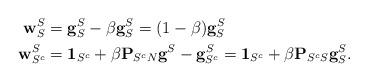
LaTeX: \begin{align*}\mathbf{w}_S^S & = \mathbf{g}_S^S - \beta \mathbf{g}_S^S = (1-\beta)\mathbf{g}_S^S \\\mathbf{w}_{S^c}^S & = \mathbf{1}_{S^c} + \beta \mathbf{P}_{S^c N}\mathbf{g}^S - \mathbf{g}_{S^c}^S = \mathbf{1}_{S^c} + \beta \mathbf{P}_{S^c S}\mathbf{g}_S^S.\end{align*}